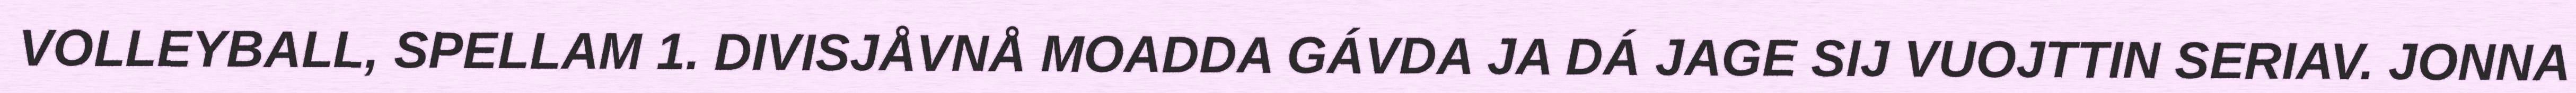
VOLLEYBALL, SPELLAM 1. DIVISJÅVNÅ MOADDA GÁVDA JA DÁ JAGE SIJ VUOJTTIN SERIAV. JONNA